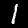
Label: 1